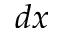
d x